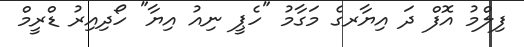
ފިލްމު އޮފް ދަ އިޔާރގެ މަގާމު "ހެޕީ ނިއު އިޔާ" ހޯދިއިރު ޑްރީމް